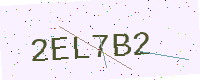
Text: 2EL7B2